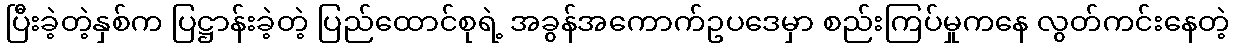
ပြီးခဲ့တဲ့နှစ်က ပြဋ္ဌာန်းခဲ့တဲ့ ပြည်ထောင်စုရဲ့ အခွန်အကောက်ဥပဒေမှာ စည်းကြပ်မှုကနေ လွတ်ကင်းနေတဲ့